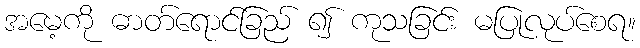
အမေ့ကို ဓာတ်ရောင်ခြည် ၍ ကုသခြင်း မပြုလုပ်စေရ။